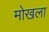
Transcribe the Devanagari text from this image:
मोखला